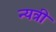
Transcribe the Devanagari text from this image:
न्यत्री